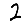
Digit: 2